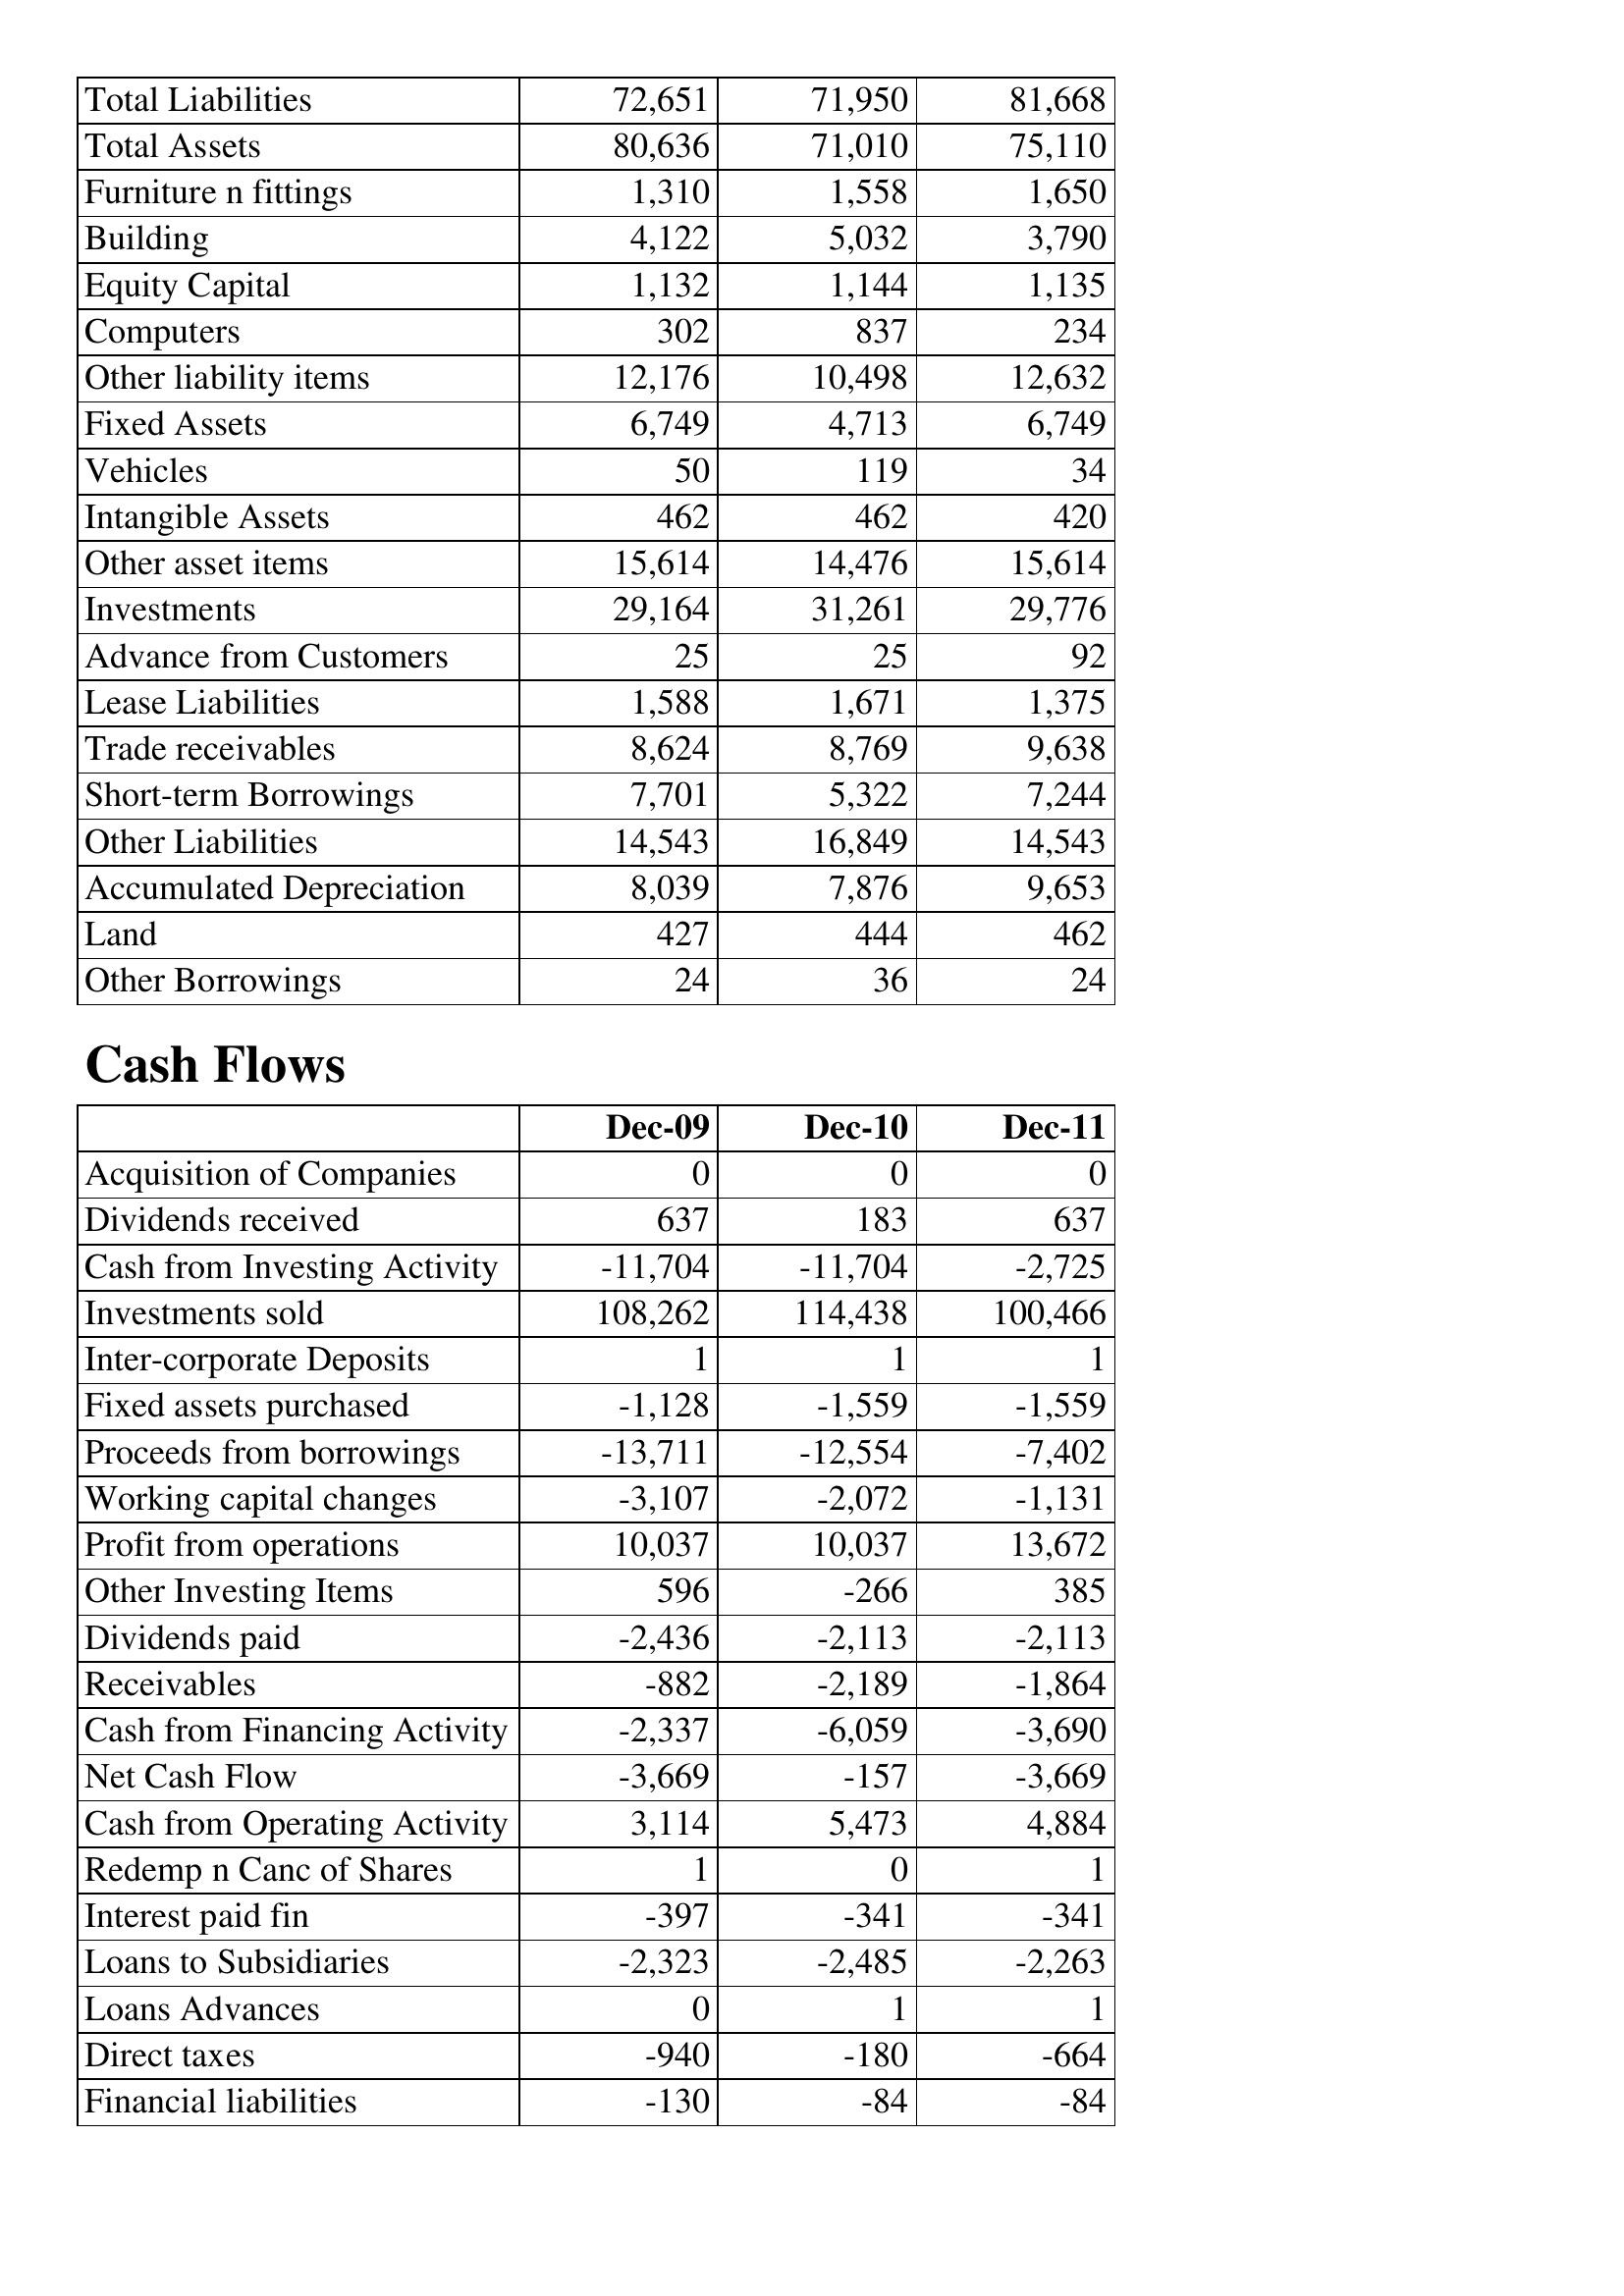
Dec-09: Balance Sheet: Total Liabilities: 72,651
Total Assets: 80,636
Furniture n fittings: 1,310
Building: 4,122
Equity Capital: 1,132
Computers: 302
Other liability items: 12,176
Fixed Assets: 6,749
Vehicles: 50
Intangible Assets: 462
Other asset items: 15,614
Investments: 29,164
Advance from Customers: 25
Lease Liabilities: 1,588
Trade receivables: 8,624
Short-term Borrowings: 7,701
Other Liabilities: 14,543
Accumulated Depreciation: 8,039
Land: 427
Other Borrowings: 24
Cash Flows: Acquisition of Companies: 0
Dividends received: 637
Cash from Investing Activity: -11,704
Investments sold: 108,262
Inter-corporate Deposits: 1
Fixed assets purchased: -1,128
Proceeds from borrowings: -13,711
Working capital changes: -3,107
Profit from operations: 10,037
Other Investing Items: 596
Dividends paid: -2,436
Receivables: -882
Cash from Financing Activity: -2,337
Net Cash Flow: -3,669
Cash from Operating Activity: 3,114
Redemp n Canc of Shares: 1
Interest paid fin: -397
Loans to Subsidiaries: -2,323
Loans Advances: 0
Direct taxes: -940
Financial liabilities: -130
Dec-10: Balance Sheet: Total Liabilities: 71,950
Total Assets: 71,010
Furniture n fittings: 1,558
Building: 5,032
Equity Capital: 1,144
Computers: 837
Other liability items: 10,498
Fixed Assets: 4,713
Vehicles: 119
Intangible Assets: 462
Other asset items: 14,476
Investments: 31,261
Advance from Customers: 25
Lease Liabilities: 1,671
Trade receivables: 8,769
Short-term Borrowings: 5,322
Other Liabilities: 16,849
Accumulated Depreciation: 7,876
Land: 444
Other Borrowings: 36
Cash Flows: Acquisition of Companies: 0
Dividends received: 183
Cash from Investing Activity: -11,704
Investments sold: 114,438
Inter-corporate Deposits: 1
Fixed assets purchased: -1,559
Proceeds from borrowings: -12,554
Working capital changes: -2,072
Profit from operations: 10,037
Other Investing Items: -266
Dividends paid: -2,113
Receivables: -2,189
Cash from Financing Activity: -6,059
Net Cash Flow: -157
Cash from Operating Activity: 5,473
Redemp n Canc of Shares: 0
Interest paid fin: -341
Loans to Subsidiaries: -2,485
Loans Advances: 1
Direct taxes: -180
Financial liabilities: -84
Dec-11: Balance Sheet: Total Liabilities: 81,668
Total Assets: 75,110
Furniture n fittings: 1,650
Building: 3,790
Equity Capital: 1,135
Computers: 234
Other liability items: 12,632
Fixed Assets: 6,749
Vehicles: 34
Intangible Assets: 420
Other asset items: 15,614
Investments: 29,776
Advance from Customers: 92
Lease Liabilities: 1,375
Trade receivables: 9,638
Short-term Borrowings: 7,244
Other Liabilities: 14,543
Accumulated Depreciation: 9,653
Land: 462
Other Borrowings: 24
Cash Flows: Acquisition of Companies: 0
Dividends received: 637
Cash from Investing Activity: -2,725
Investments sold: 100,466
Inter-corporate Deposits: 1
Fixed assets purchased: -1,559
Proceeds from borrowings: -7,402
Working capital changes: -1,131
Profit from operations: 13,672
Other Investing Items: 385
Dividends paid: -2,113
Receivables: -1,864
Cash from Financing Activity: -3,690
Net Cash Flow: -3,669
Cash from Operating Activity: 4,884
Redemp n Canc of Shares: 1
Interest paid fin: -341
Loans to Subsidiaries: -2,263
Loans Advances: 1
Direct taxes: -664
Financial liabilities: -84